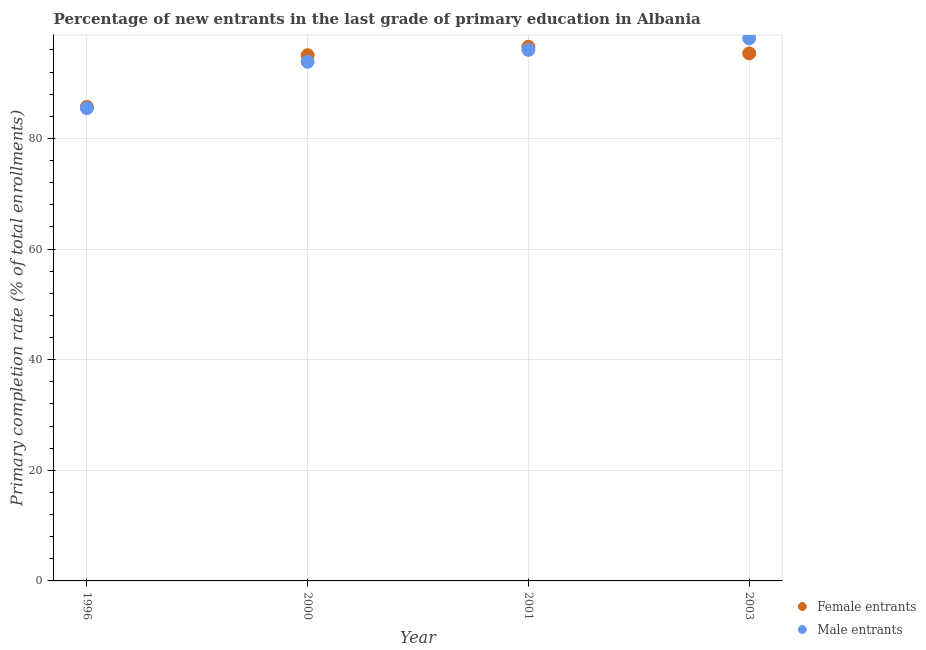
| Year | Female entrants | Male entrants |
 | --- | --- | --- |
 | 1996 | 85.7 | 85.5 |
 | 2000 | 95 | 93.8 |
 | 2001 | 96.6 | 96 |
 | 2003 | 95.4 | 98.1 |